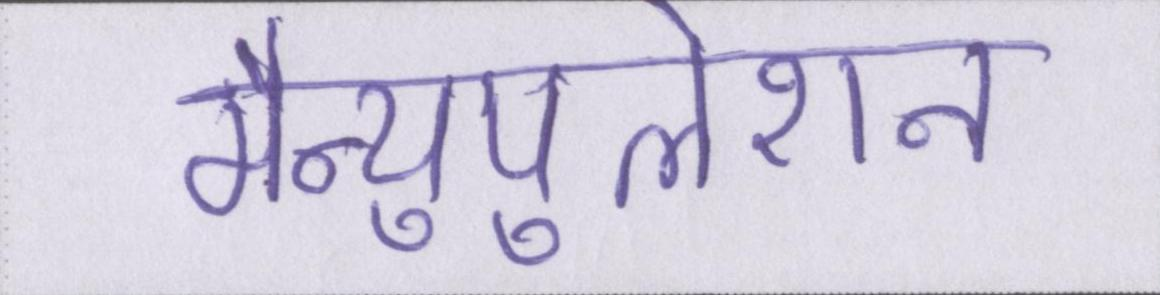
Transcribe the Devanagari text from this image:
मैन्युपुलेशन